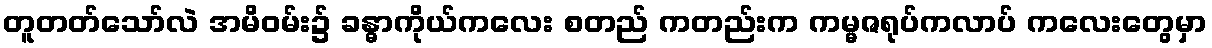
တူတတ်သော်လဲ အမိဝမ်း၌ ခန္ဓာကိုယ်ကလေး စတည် ကတည်းက ကမ္မဇရုပ်ကလာပ် ကလေးတွေမှာ